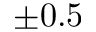
\pm 0 . 5